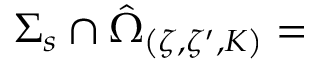
{ \Sigma _ { s } } \cap \hat { \Omega } _ { \left( \zeta , \zeta ^ { \prime } , K \right) } =